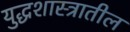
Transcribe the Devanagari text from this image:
युद्धशास्त्रातील